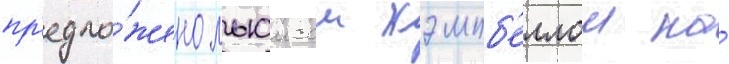
пр'едло́жено льюисом кэмпб'еллом на́